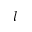
l